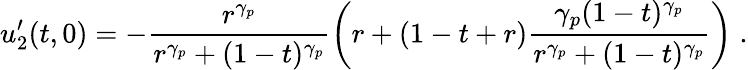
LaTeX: u_{2}^{\prime}(t,0)=-\frac{r^{\gamma_{p}}}{r^{\gamma_{p}}+(1-t)^{\gamma_{p}}}\left(r+(1-t+r)\frac{\gamma_{p}(1-t)^{\gamma_{p}}}{r^{\gamma_{p}}+(1-t)^{\gamma_{p}}}\right)\; .